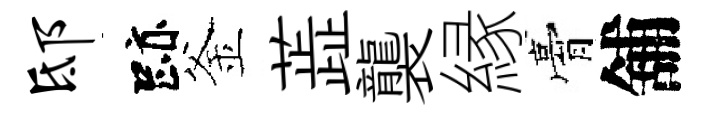
邸跡釜蕋襲縁膏舖